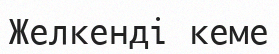
Желкенді кеме